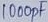
Text: 1000nF